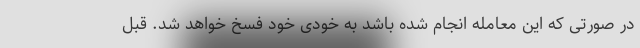
در صورتی که این معامله انجام شده باشد به خودی خود فسخ خواهد شد. قبل